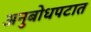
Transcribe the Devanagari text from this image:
अनुबोधपटात